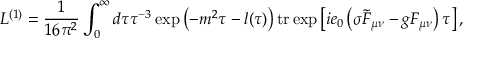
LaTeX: { \cal L } ^ { ( 1 ) } = \frac 1 { 1 6 \pi ^ { 2 } } \int _ { 0 } ^ { \infty } d \tau \tau ^ { - 3 } \exp \left( - m ^ { 2 } \tau - l ( \tau ) \right) \mathrm { t r } \exp \left[ i e _ { 0 } \left( \sigma \widetilde { F } _ { \mu \nu } - g F _ { \mu \nu } \right) \tau \right] ,